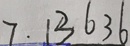
7 . 1 3 6 3 6